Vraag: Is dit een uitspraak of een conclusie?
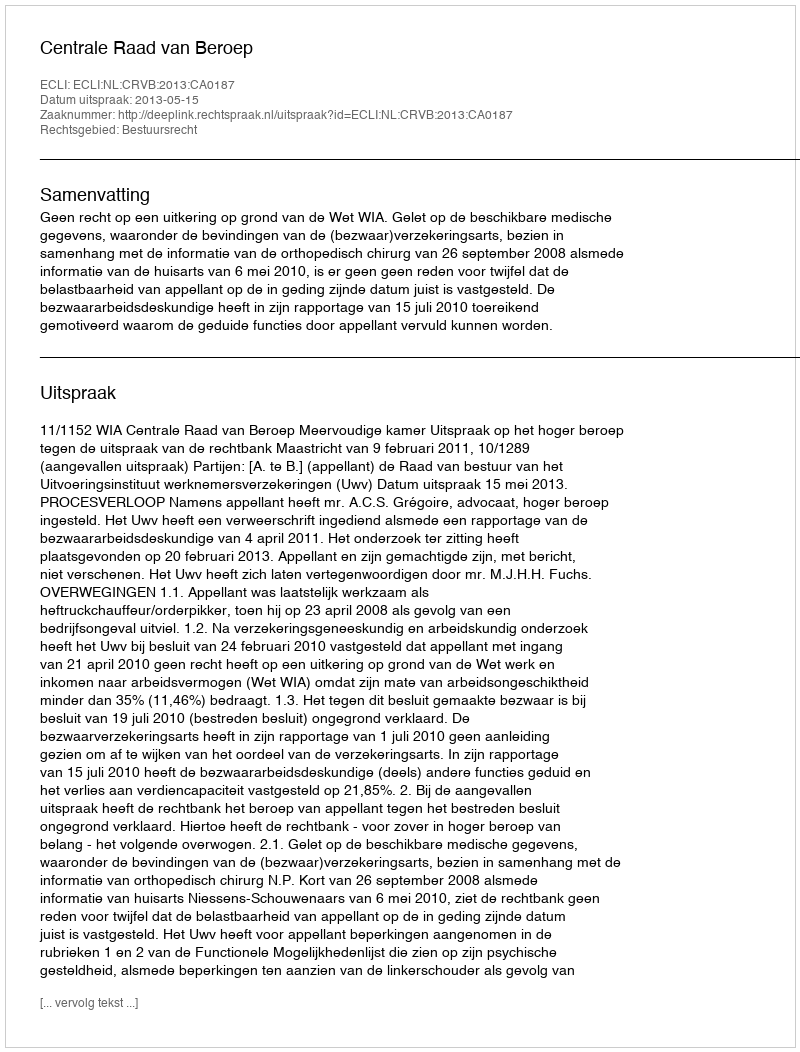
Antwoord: Uitspraak